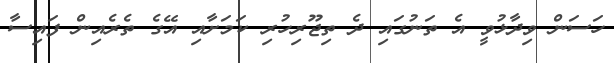
ހަސަން ވިދާޅުވީ އެ ތަނުގައި ދެ ތިޖޫރިހުރި ކަމަށާއި އޭގެ ތެރެއިން ފައިސާ